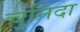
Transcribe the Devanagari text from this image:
चुनिदा